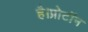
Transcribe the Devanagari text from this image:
है।प्रोटॉन